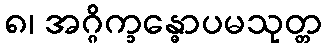
၈၊ အဂ္ဂိက္ခန္ဓောပမသုတ္တ